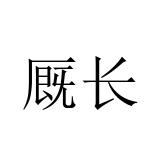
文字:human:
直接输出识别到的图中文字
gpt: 厩长